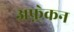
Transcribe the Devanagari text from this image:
अफ़्र्रेकन